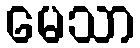
မေသာ